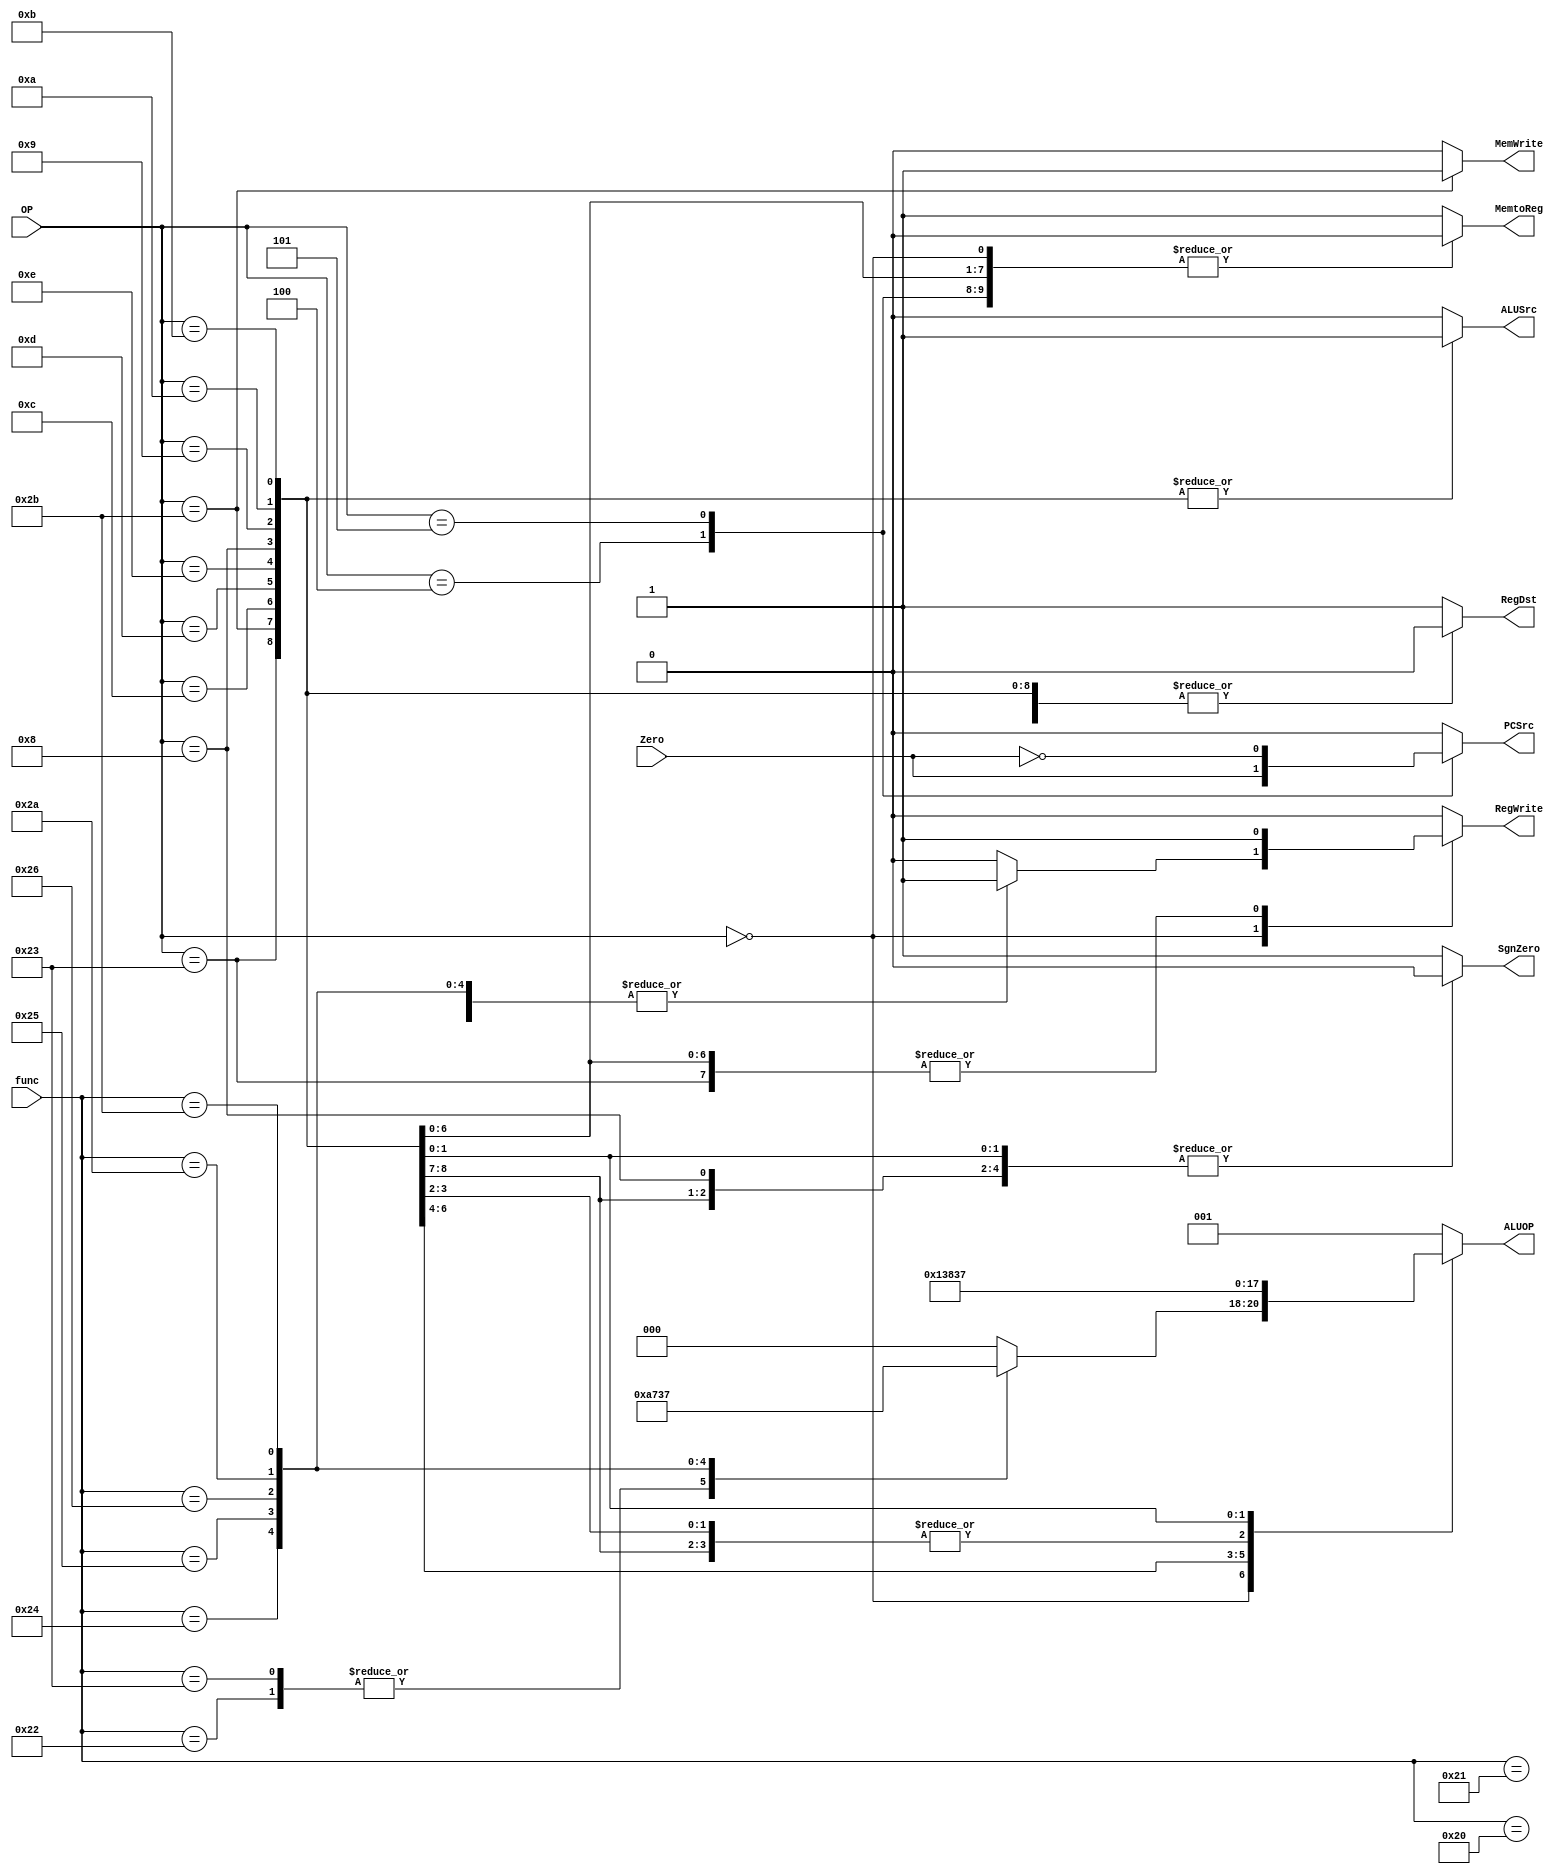

module Controler (
input [5:0] OP,
input [5:0] func,
input Zero,
output reg MemtoReg, MemWrite, PCSrc, ALUSrc, RegDst, RegWrite, SgnZero,
output reg [2:0] ALUOP
);

always @*
begin
	case (OP) 
	6'b000000 : begin 
						case (func) 
						6'b100000 : begin  MemtoReg = 'b0; MemWrite = 'b0; PCSrc = 'b0; ALUSrc = 'b0; RegDst = 'b1; RegWrite = 'b1; SgnZero = 'b1; ALUOP = 'b000; end //add
						'd33 : begin MemtoReg = 'b0; MemWrite = 'b0; PCSrc = 'b0; ALUSrc = 'b0; RegDst = 'b1; RegWrite = 'b1; SgnZero = 'b1; ALUOP = 'b000; end ///addu
						6'b100010 : begin MemtoReg = 'b0; MemWrite = 'b0; PCSrc = 'b0; ALUSrc = 'b0; RegDst = 'b1; RegWrite = 'b1; SgnZero = 'b1; ALUOP = 'b001; end // sub
						'd35 : begin MemtoReg = 'b0; MemWrite = 'b0; PCSrc = 'b0; ALUSrc = 'b0; RegDst = 'b1; RegWrite = 'b1; SgnZero = 'b1; ALUOP = 'b001; end //subu
						6'b100100 : begin MemtoReg = 'b0; MemWrite = 'b0; PCSrc = 'b0; ALUSrc = 'b0; RegDst = 'b1; RegWrite = 'b1; SgnZero = 'b1; ALUOP = 'b010; end  //and
						'd37 : begin MemtoReg = 'b0; MemWrite = 'b0; PCSrc = 'b0; ALUSrc = 'b0; RegDst = 'b1; RegWrite = 'b1; SgnZero = 'b1; ALUOP = 'b011; end  //or
						'd38 : begin MemtoReg = 'b0; MemWrite = 'b0; PCSrc = 'b0; ALUSrc = 'b0; RegDst = 'b1; RegWrite = 'b1; SgnZero = 'b1; ALUOP = 'b100; end //xor
						//'d39 : begin MemtoReg = 'b1; MemWrite = 'b0; PCSrc = 'b0; ALUSrc = 'b0; RegDst = 'b1; RegWrite = 'b1; SgnZero = 'b1; ALUOP = 'b001; end //nor
						6'b101010 : begin MemtoReg = 'b0; MemWrite = 'b0; PCSrc = 'b0; ALUSrc = 'b0; RegDst = 'b1; RegWrite = 'b1; SgnZero = 'b1; ALUOP = 'b110; end // slt
						'd43 : begin MemtoReg = 'b0; MemWrite = 'b0; PCSrc = 'b0; ALUSrc = 'b0; RegDst = 'b1; RegWrite = 'b1; SgnZero = 'b1; ALUOP = 'b111; end //sltu
						default : begin MemtoReg = 'b0; MemWrite = 'b0; PCSrc = 'b0; ALUSrc = 'b0; RegDst = 'b1; RegWrite = 'b0; SgnZero = 'b1; ALUOP = 'b000; end					
						endcase
		    end
	6'b100011 : begin  MemtoReg = 'b1; MemWrite = 'b0; PCSrc = 'b0; ALUSrc = 'b1; RegDst = 'b0; RegWrite = 'b1; SgnZero = 'b0; ALUOP = 'b000; end //LW
	6'b101011 : begin  MemtoReg = 'b1; MemWrite = 'b1; PCSrc = 'b0; ALUSrc = 'b1; RegDst = 'b0; RegWrite = 'b0; SgnZero = 'b0; ALUOP = 'b000; end //SW
	6'b000100 : begin  MemtoReg = 'b0; MemWrite = 'b0; PCSrc = Zero; ALUSrc = 'b0; RegDst = 'b0; RegWrite = 'b0; SgnZero = 'b0; ALUOP = 'b001; end //Beq
	6'b000101 : begin  MemtoReg = 'b0; MemWrite = 'b0; PCSrc = ~Zero; ALUSrc = 'b0; RegDst = 'b0; RegWrite = 'b0; SgnZero = 'b0; ALUOP = 'b001; end //bne
	6'b001100 : begin MemtoReg = 'b0; MemWrite = 'b0; PCSrc = 'b0; ALUSrc = 'b1; RegDst = 'b0; RegWrite = 'b1; SgnZero = 'b1; ALUOP = 'b010; end  //andi
	'd13 : begin MemtoReg = 'b0; MemWrite = 'b0; PCSrc = 'b0; ALUSrc = 'b1; RegDst = 'b0; RegWrite = 'b1; SgnZero = 'b1; ALUOP = 'b011; end  //ori
	'd14 : begin MemtoReg = 'b0; MemWrite = 'b0; PCSrc = 'b0; ALUSrc = 'b1; RegDst = 'b0; RegWrite = 'b1; SgnZero = 'b1; ALUOP = 'b100; end //xori
	6'b001000 : begin  MemtoReg = 'b0; MemWrite = 'b0; PCSrc = 'b0; ALUSrc = 'b1; RegDst = 'b0; RegWrite = 'b1; SgnZero = 'b0; ALUOP = 'b000; end //addi
	'd9 :  begin  MemtoReg = 'b0; MemWrite = 'b0; PCSrc = 'b0; ALUSrc = 'b1; RegDst = 'b0; RegWrite = 'b1; SgnZero = 'b1; ALUOP = 'b000; end //addiu 
       'b001010: begin MemtoReg = 'b0; MemWrite = 'b0; PCSrc = 'b0; ALUSrc = 'b1; RegDst = 'b0; RegWrite = 'b1; SgnZero = 'b0; ALUOP = 'b110; end // slti
	'd11 : begin MemtoReg = 'b0; MemWrite = 'b0; PCSrc = 'b0; ALUSrc = 'b1; RegDst = 'b0; RegWrite = 'b1; SgnZero = 'b0; ALUOP = 'b111; end // sltiu
	default : begin MemtoReg = 'b1; MemWrite = 'b0; PCSrc = 'b0; ALUSrc = 'b0; RegDst = 'b1; RegWrite = 'b0; SgnZero = 'b1; ALUOP = 'b001; end	
	endcase
	
 end


endmodule
////////////////////////////////////////////////////////////